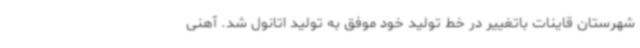
شهرستان قاینات باتغییر در خط تولید خود موفق به تولید اتانول شد. آهنی